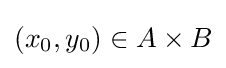
(x_{0},y_{0})\in A\times B